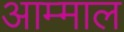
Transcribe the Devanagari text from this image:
आम्माल